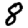
Digit: 8